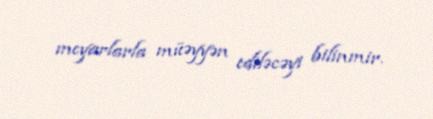
meyarlarla müəyyən ediləcəyi bilinmir.